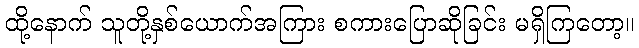
ထို့နောက် သူတို့နှစ်ယောက်အကြား စကားပြောဆိုခြင်း မရှိကြတော့။